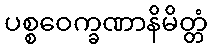
ပစ္စဝေက္ခဏာနိမိတ္တံ